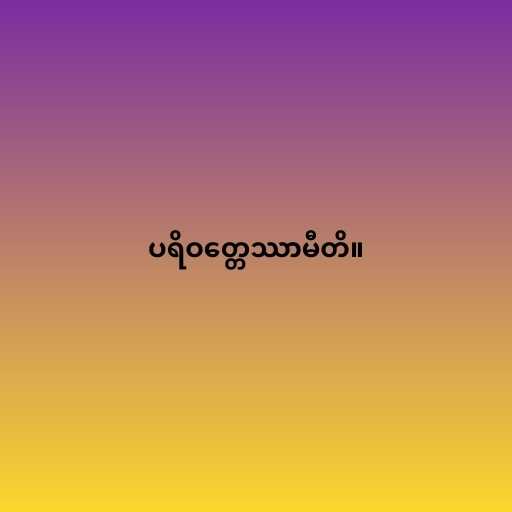
ပရိဝတ္တေဿာမီတိ။